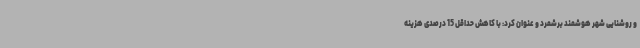
و روشنایی شهر هوشمند برشمرد و عنوان کرد: با کاهش حداقل 15 درصدی هزینه